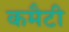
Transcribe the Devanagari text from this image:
कमैटी